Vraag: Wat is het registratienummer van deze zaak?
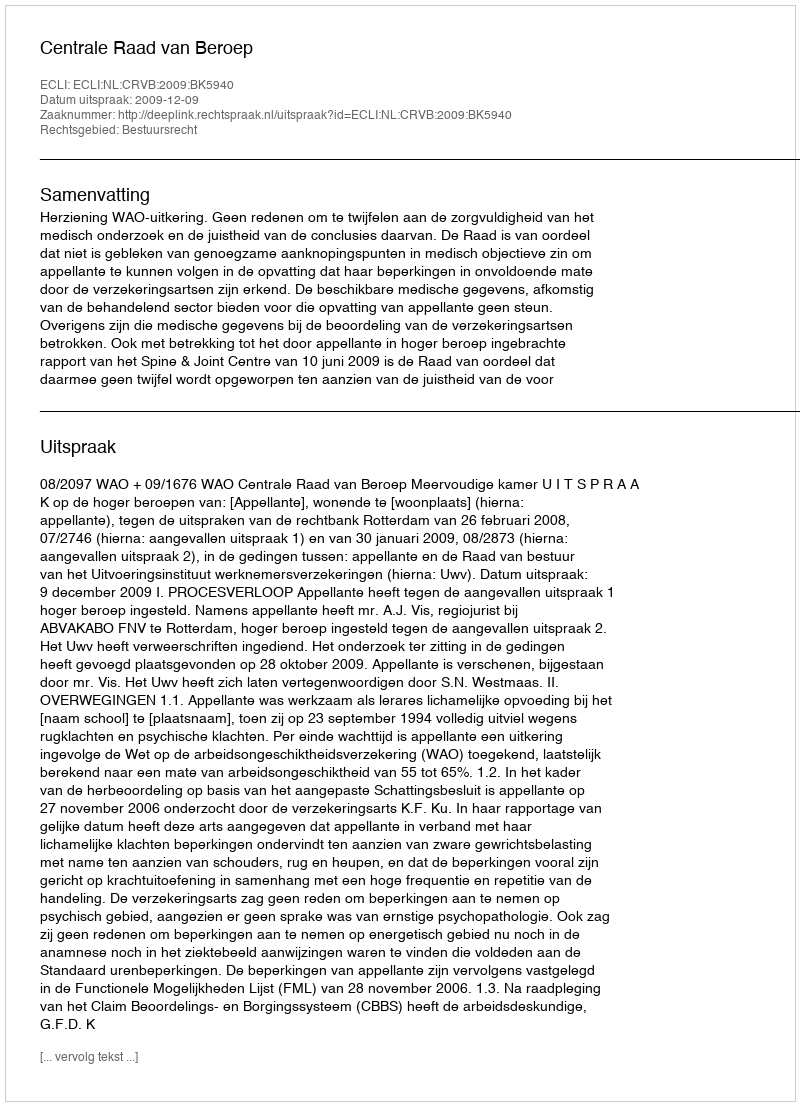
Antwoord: http://deeplink.rechtspraak.nl/uitspraak?id=ECLI:NL:CRVB:2009:BK5940